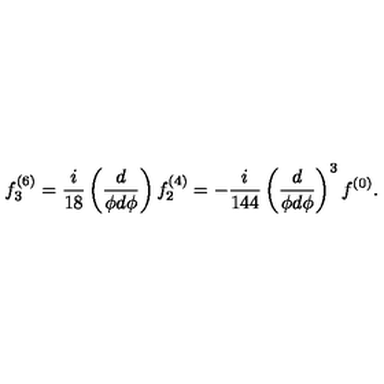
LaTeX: f _ { 3 } ^ { ( 6 ) } = \frac { i } { 1 8 } \left( \frac { d } { \phi d \phi } \right) f _ { 2 } ^ { ( 4 ) } = - \frac { i } { 1 4 4 } \left( \frac { d } { \phi d \phi } \right) ^ { 3 } f ^ { ( 0 ) } .